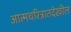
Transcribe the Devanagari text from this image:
आत्मचरित्रातदेखील